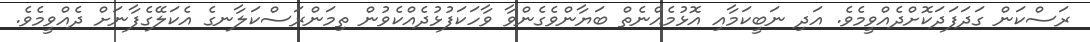
ރަސްކަން ގަދަފަދަކޮށްދެއްވީމެވެ. އަދި ނަބީކަމާއި އޮޅުމެއްނެތް ބަޔާންވެގެންވާ ވާހަކަފުޅުދެއްކެވުން ތިމަންރަސްކަލާނގެ އެކަލޭގެފާނަށް ދެއްވީމެވެ.